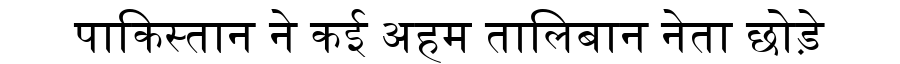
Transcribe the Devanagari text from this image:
पाकिस्तान ने कई अहम तालिबान नेता छोड़े